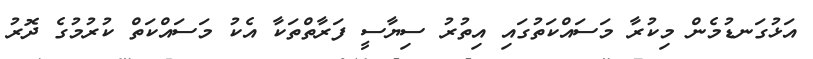
އަޅުގަނޑުމެން މިކުރާ މަސައްކަތުގައި އިތުރު ސިޔާސީ ފަރާތްތަކާ އެކު މަސައްކަތް ކުރުމުގެ ދޮރު